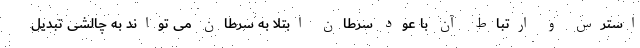
استرس و ارتباط آن با عود سرطان ابتلا به سرطان می تواند به چالشی تبدیل